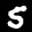
Label: 5